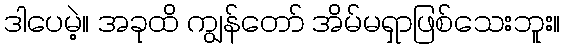
ဒါပေမဲ့။ အခုထိ ကျွန်တော် အိမ်မရှာဖြစ်သေးဘူး။